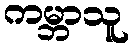
ကမ္ဘာသူ